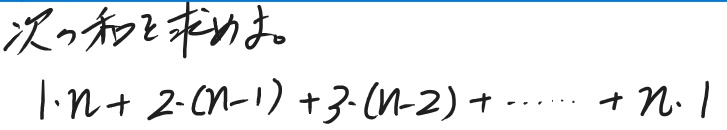
次の和を求めよ。

\[ 1\cdot n + 2\cdot(n - 1) + 3\cdot(n - 2) + \cdots + n\cdot 1 \]